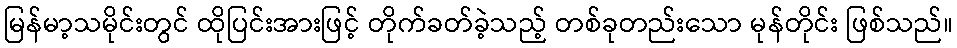
မြန်မာ့သမိုင်းတွင် ထိုပြင်းအားဖြင့် တိုက်ခတ်ခဲ့သည့် တစ်ခုတည်းသော မုန်တိုင်း ဖြစ်သည်။